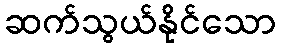
ဆက်သွယ်နိုင်သော